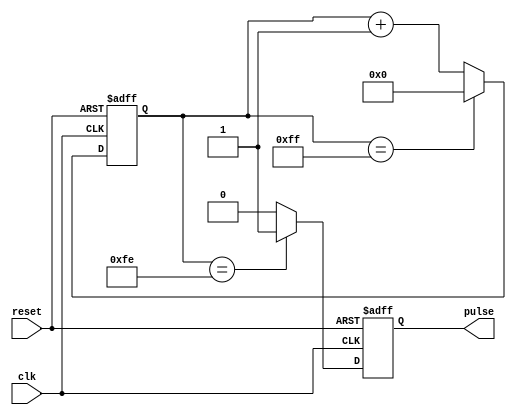
module synchronous_pulse_generator (
    input wire clk,
    input wire reset,
    output reg pulse
);

reg [7:0] counter;

always @ (posedge clk or posedge reset)
begin
    if (reset)
        counter <= 8'b0;
    else if (counter == 8'b11111111)
        counter <= 8'b0;
    else
        counter <= counter + 1;
end

always @ (posedge clk or posedge reset)
begin
    if (reset)
        pulse <= 1'b0;
    else if (counter == 8'b11111110)
        pulse <= 1'b1;
    else
        pulse <= 1'b0;
end

endmodule